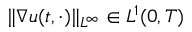
\| \nabla u ( t , \cdot ) \| _ { L ^ { \infty } } \in L ^ { 1 } ( 0 , T )